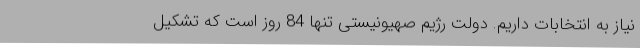
نیاز به انتخابات داریم. دولت رژیم صهیونیستی تنها 84 روز است که تشکیل